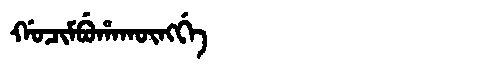
Manchu: ᡤᠣᠴᡳᠮᠪᡠᡥᠠᡴᡡᠩᡤᡝ
Romanization: GOCIMBUHAKŪNGGE